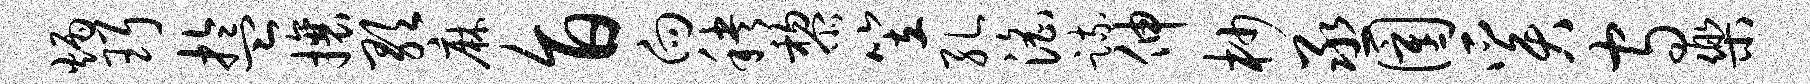
炳珥盂攘歌麻旨向秧黎笠孔淫疏伸杪丞圉奚守乐